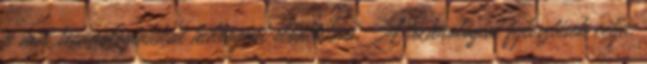
a mai technológiákkal hidrogént előállítani. A technológiai fejlesztések célja,